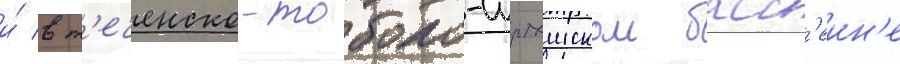
и́ в т'еченско-тоболо-иртышском басс'еин'е